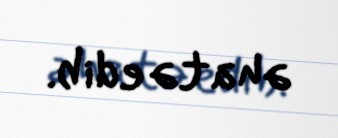
əhatə edib.